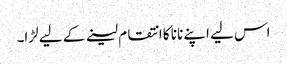
اس لیے اپنے نانا کا انتقام لینے کے لیے لڑا۔